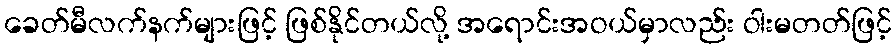
ခေတ်မီလက်နက်များဖြင့် ဖြစ်နိုင်တယ်လို့ အရောင်းအဝယ်မှာလည်း ဝါးမတတ်ဖြင့်